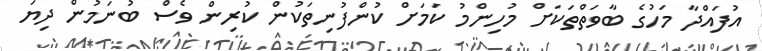
އުފައްދާ މަހުގެ ބާވަތްތަކަށް މުހިންމު ކަމަށް ކުންފުނިތަކުން ކުރިން ވެސް ބުނަމުން ދިޔަ